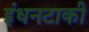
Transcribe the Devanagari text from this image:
इंधनटाकी